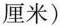
厘米)